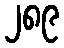
၂၈၉